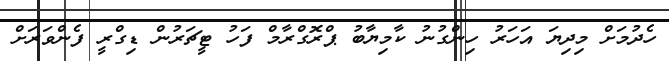
ހެދުމަށް މިދިޔަ އަހަރު ހިންގުނު ކާމިޔާބު ޕްރޮގްރާމް ފަހު ޓީޗަރުން ޑިގްރީ ފެންވަރަށް